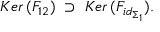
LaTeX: K e r \, ( F _ { 1 2 } ) \; \supset \; K e r \, ( F _ { i d _ { \Sigma _ { 1 } } } ) .